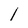
Character: l